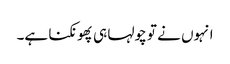
انہوں نے تو چولہا ہی پھونکنا ہے۔